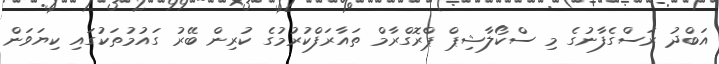
އަބްދު ރަސްގެފާނުގެ މި ސްކޯލާޝިޕް ޕްރޮގްރާމް ތައާރަފްކުރުމުގެ ކުރިން ބޭރު ގައުމުތަކުގައި ކިޔަވަން